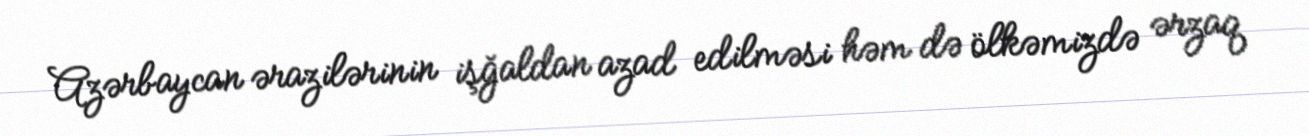
Azərbaycan ərazilərinin işğaldan azad edilməsi həm də ölkəmizdə ərzaq